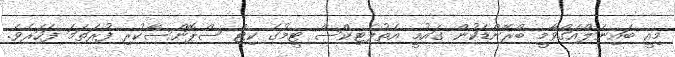
މިއީ ބައިނަލްއަގްވާމީ ބްރޭންޑަކުން ގައުމީ އެތުލެޓިކްސް ޓީމުގެ ކިޓް ސްޕޮންސާކުރި ފުރަތަމަ ފަހަރެވެ.